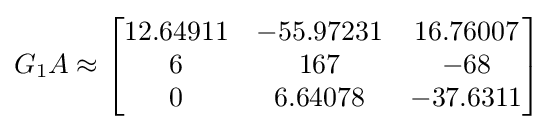
G_{1}A\approx {\begin{bmatrix}12.64911&-55.97231&16.76007\\6&167&-68\\0&6.64078&-37.6311\end{bmatrix}}